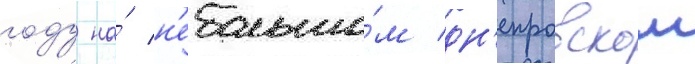
году на́ н'ебольшо́м дн'епровском